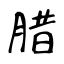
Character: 腊